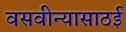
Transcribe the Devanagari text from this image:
वसवीन्यासाठई